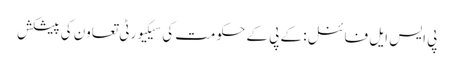
پی ایس ایل فائنل: کے پی کے حکومت کی سیکیورٹی تعاون کی پیشکش